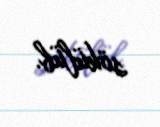
sökülüb.